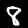
Label: 8